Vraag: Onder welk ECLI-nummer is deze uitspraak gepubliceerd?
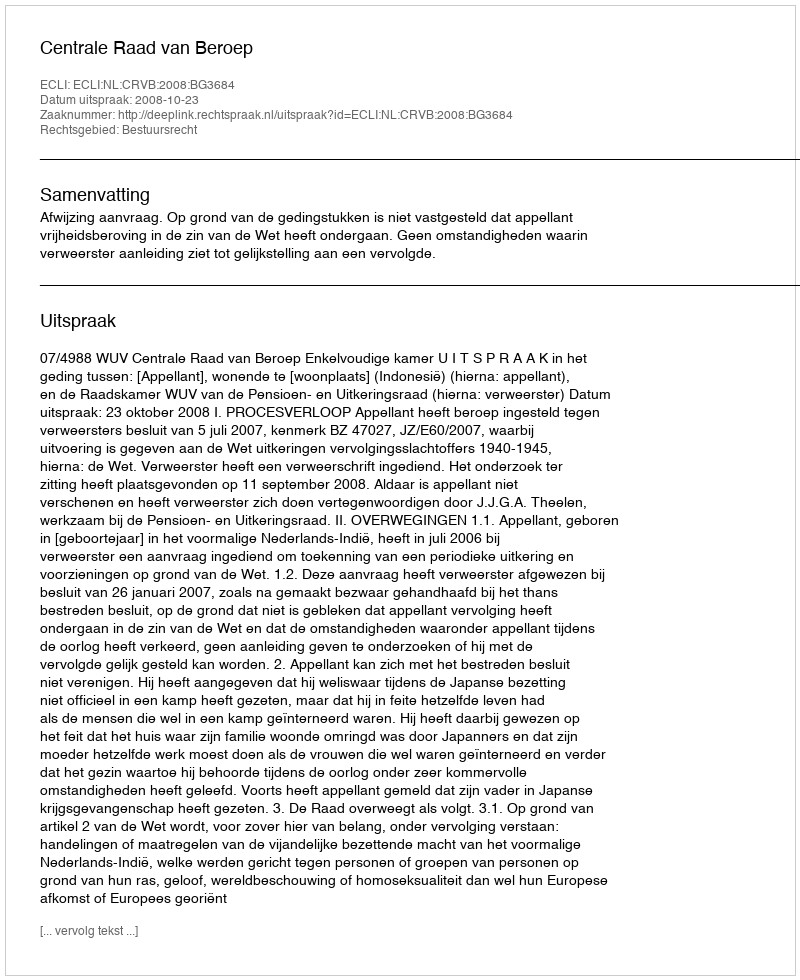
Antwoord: ECLI:NL:CRVB:2008:BG3684